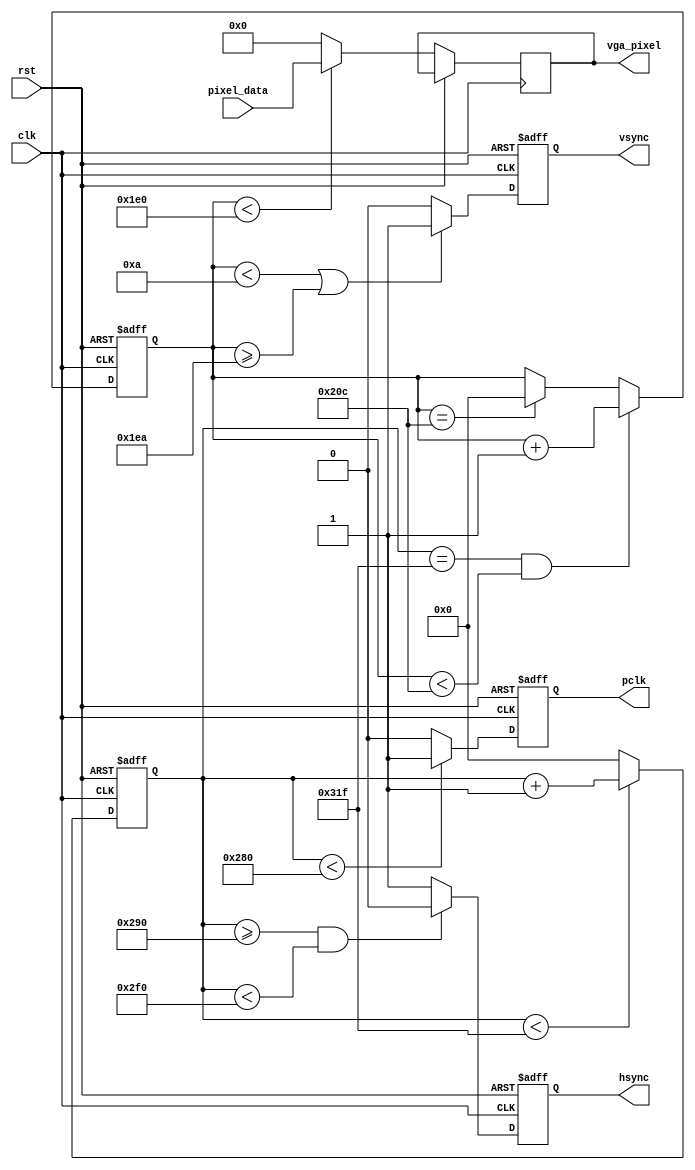
module vga_controller (
    input wire clk,
    input wire rst,
    input wire [7:0] pixel_data,
    output reg hsync,
    output reg vsync,
    output reg pclk,
    output reg [7:0] vga_pixel
    );

    // Timing parameters
    parameter H_RES = 640; // Horizontal resolution
    parameter H_FP = 16; // Horizontal front porch
    parameter H_SYNC = 96; // Horizontal sync pulse
    parameter H_BP = 48; // Horizontal back porch
    parameter V_RES = 480; // Vertical resolution
    parameter V_FP = 10; // Vertical front porch
    parameter V_SYNC = 2; // Vertical sync pulse
    parameter V_BP = 33; // Vertical back porch

    // Horizontal timing signals
    reg [9:0] h_counter = 0;
    always @(posedge clk or posedge rst) begin
        if (rst) begin
            h_counter <= 0;
            hsync <= 0;
            pclk <= 0;
        end else begin
            if (h_counter < H_RES + H_FP + H_SYNC + H_BP - 1) begin
                h_counter <= h_counter + 1;
            end else begin
                h_counter <= 0;
            end

            if (h_counter < H_RES) begin
                pclk <= 1;
            end else begin
                pclk <= 0;
            end
            
            if (h_counter >= H_RES + H_FP && h_counter < H_RES + H_FP + H_SYNC) begin
                hsync <= 0;
            end else begin
                hsync <= 1;
            end
        end
    end

    // Vertical timing signals
    reg [9:0] v_counter = 0;
    always @(posedge clk or posedge rst) begin
        if (rst) begin
            v_counter <= 0;
            vsync <= 0;
        end else begin
            if (h_counter == H_RES + H_FP + H_SYNC + H_BP - 1 && v_counter < V_RES + V_FP + V_SYNC + V_BP - 1) begin
                v_counter <= v_counter + 1;
            end else if (v_counter == V_RES + V_FP + V_SYNC + V_BP - 1) begin
                v_counter <= 0;
            end

            if (v_counter < V_RES) begin
                vga_pixel <= pixel_data;
            end else begin
                vga_pixel <= 8'h00;
            end
            
            if (v_counter < V_FP || v_counter >= V_RES + V_FP) begin
                vsync <= 1;
            end else begin
                vsync <= 0;
            end
        end
    end
endmodule